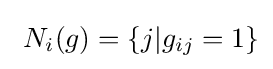
\textstyle \ N_{i}(g)=\left\{j|g_{ij}=1\right\}